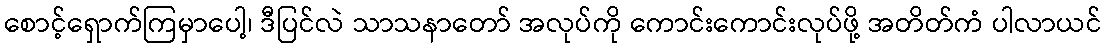
စောင့်ရှောက်ကြမှာပေါ့၊ ဒီပြင်လဲ သာသနာတော် အလုပ်ကို ကောင်းကောင်းလုပ်ဖို့ အတိတ်ကံ ပါလာယင်